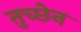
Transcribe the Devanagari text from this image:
तुच्छेन